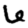
Digit: 6